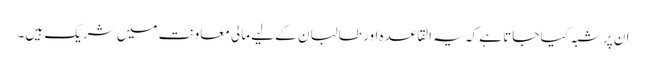
ان پر شبہ کیا جاتا ہے کہ یہ القاعدہ اور طالبان کے لیے مالی معاونت میں شریک ہیں۔